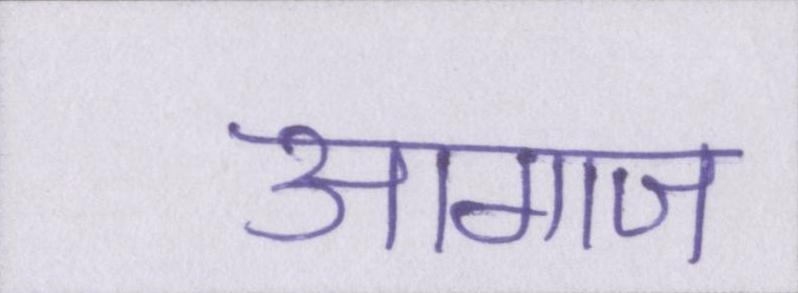
आगाज